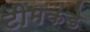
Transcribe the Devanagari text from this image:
टीमकडे